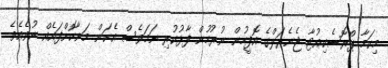
މިކަމާ ޕްރޮސެކިއުޓާ ޖެނެރަލްގެ އޮފީހުން ނުރުހުން ފާޅުކުރި ނަމަވެސް އެކަން މަނާކޮށްފައެއް ނުވެއެވެ.